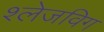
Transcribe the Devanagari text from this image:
श्लेजविग